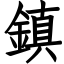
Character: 鎮